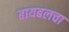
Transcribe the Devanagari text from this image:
बायबलचा